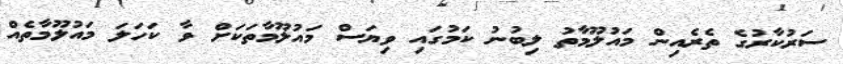
ސަރުކާރުގެ ތެރެއިން މައުލޫމާތު ލިބުނު ކަމުގައި ވިޔަސް މައުލޫމާތަކަށް ވާ ކަހަލަ މައުލޫމާތެއް